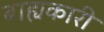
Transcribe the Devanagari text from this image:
बाह्यकारी